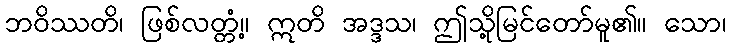
ဘဝိဿတိ၊ ဖြစ်လတ္တံ့။ ဣတိ အဒ္ဒသ၊ ဤသို့မြင်တော်မူ၏။ သော၊